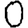
Digit: 0